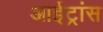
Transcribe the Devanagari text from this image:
आईट्रांस